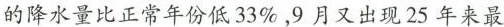
的降水量比正常年份低33\%，9月又出现25年来最